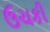
ઉચકી